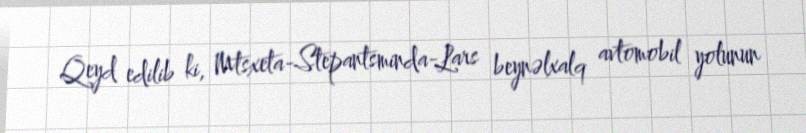
Qeyd edilib ki, Mtsxeta-Stepantsminda-Lars beynəlxalq avtomobil yolunun